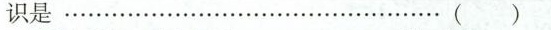
识是…………()